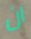
ان